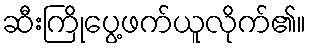
ဆီးကြိုပွေ့ဖက်ယူလိုက်၏။